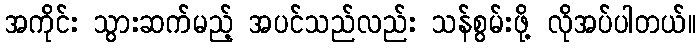
အကိုင်း သွားဆက်မည့် အပင်သည်လည်း သန်စွမ်းဖို့ လိုအပ်ပါတယ်။